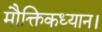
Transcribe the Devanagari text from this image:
मौक्तिकध्यान।